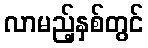
လာမည့်နှစ်တွင်